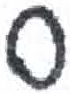
אות: ס